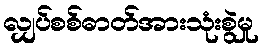
လျှပ်စစ်ဓာတ်အားသုံးစွဲမှု